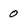
Character: 0